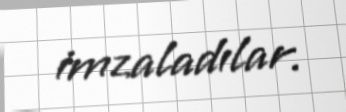
imzaladılar.